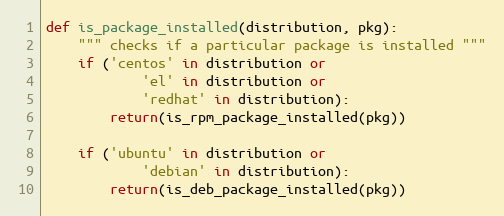
Language: Python
def is_package_installed(distribution, pkg):
    """ checks if a particular package is installed """
    if ('centos' in distribution or
            'el' in distribution or
            'redhat' in distribution):
        return(is_rpm_package_installed(pkg))

    if ('ubuntu' in distribution or
            'debian' in distribution):
        return(is_deb_package_installed(pkg))